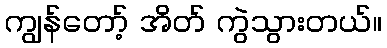
ကျွန်တော့် အိတ် ကွဲသွားတယ်။